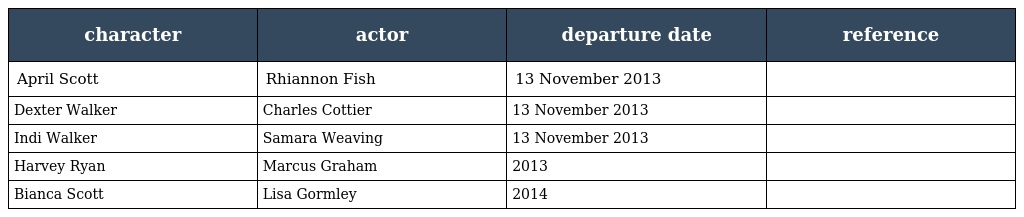
| character | actor | departure date | reference |
 | --- | --- | --- | --- |
 | April Scott | Rhiannon Fish | 13 November 2013 |  |
 | Dexter Walker | Charles Cottier | 13 November 2013 |  |
 | Indi Walker | Samara Weaving | 13 November 2013 |  |
 | Harvey Ryan | Marcus Graham | 2013 |  |
 | Bianca Scott | Lisa Gormley | 2014 |  |